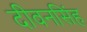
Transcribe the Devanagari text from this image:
दीवनसिंह